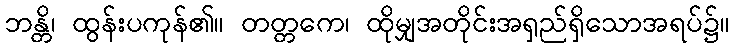
ဘန္တိ၊ ထွန်းပကုန်၏။ တတ္တကေ၊ ထိုမျှအတိုင်းအရှည်ရှိသောအရပ်၌။